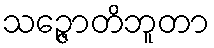
သဉ္ဇောတိဘူတာ